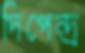
দিপেন্দ্র